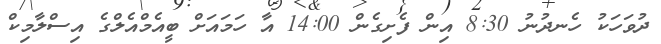
ދުވަހަކު ހެނދުނު 8:30 އިން ފެށިގެން 14:00 އާ ހަމައަށް ބީއެމްއެލްގެ އިސްލާމިކް